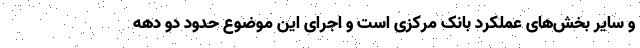
و سایر بخش‌های عملکرد بانک مرکزی است و اجرای این موضوع حدود دو دهه